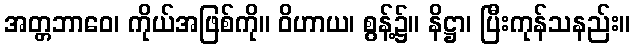
အတ္တဘာဝေ၊ ကိုယ်အဖြစ်ကို။ ဝိဟာယ၊ စွန့်၌။ နိဋ္ဌာ၊ ပြီးကုန်သနည်း။